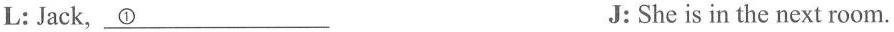
L: Jack, \underline{①} J:She is in the next room.